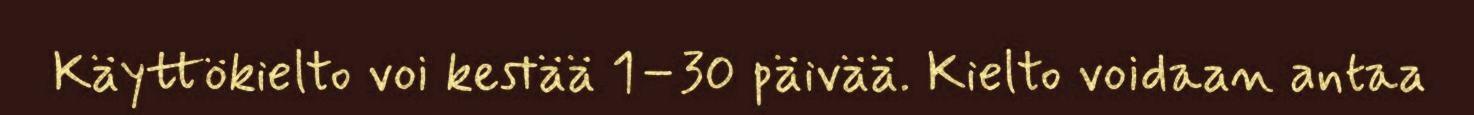
Käyttökielto voi kestää 1–30 päivää. Kielto voidaan antaa